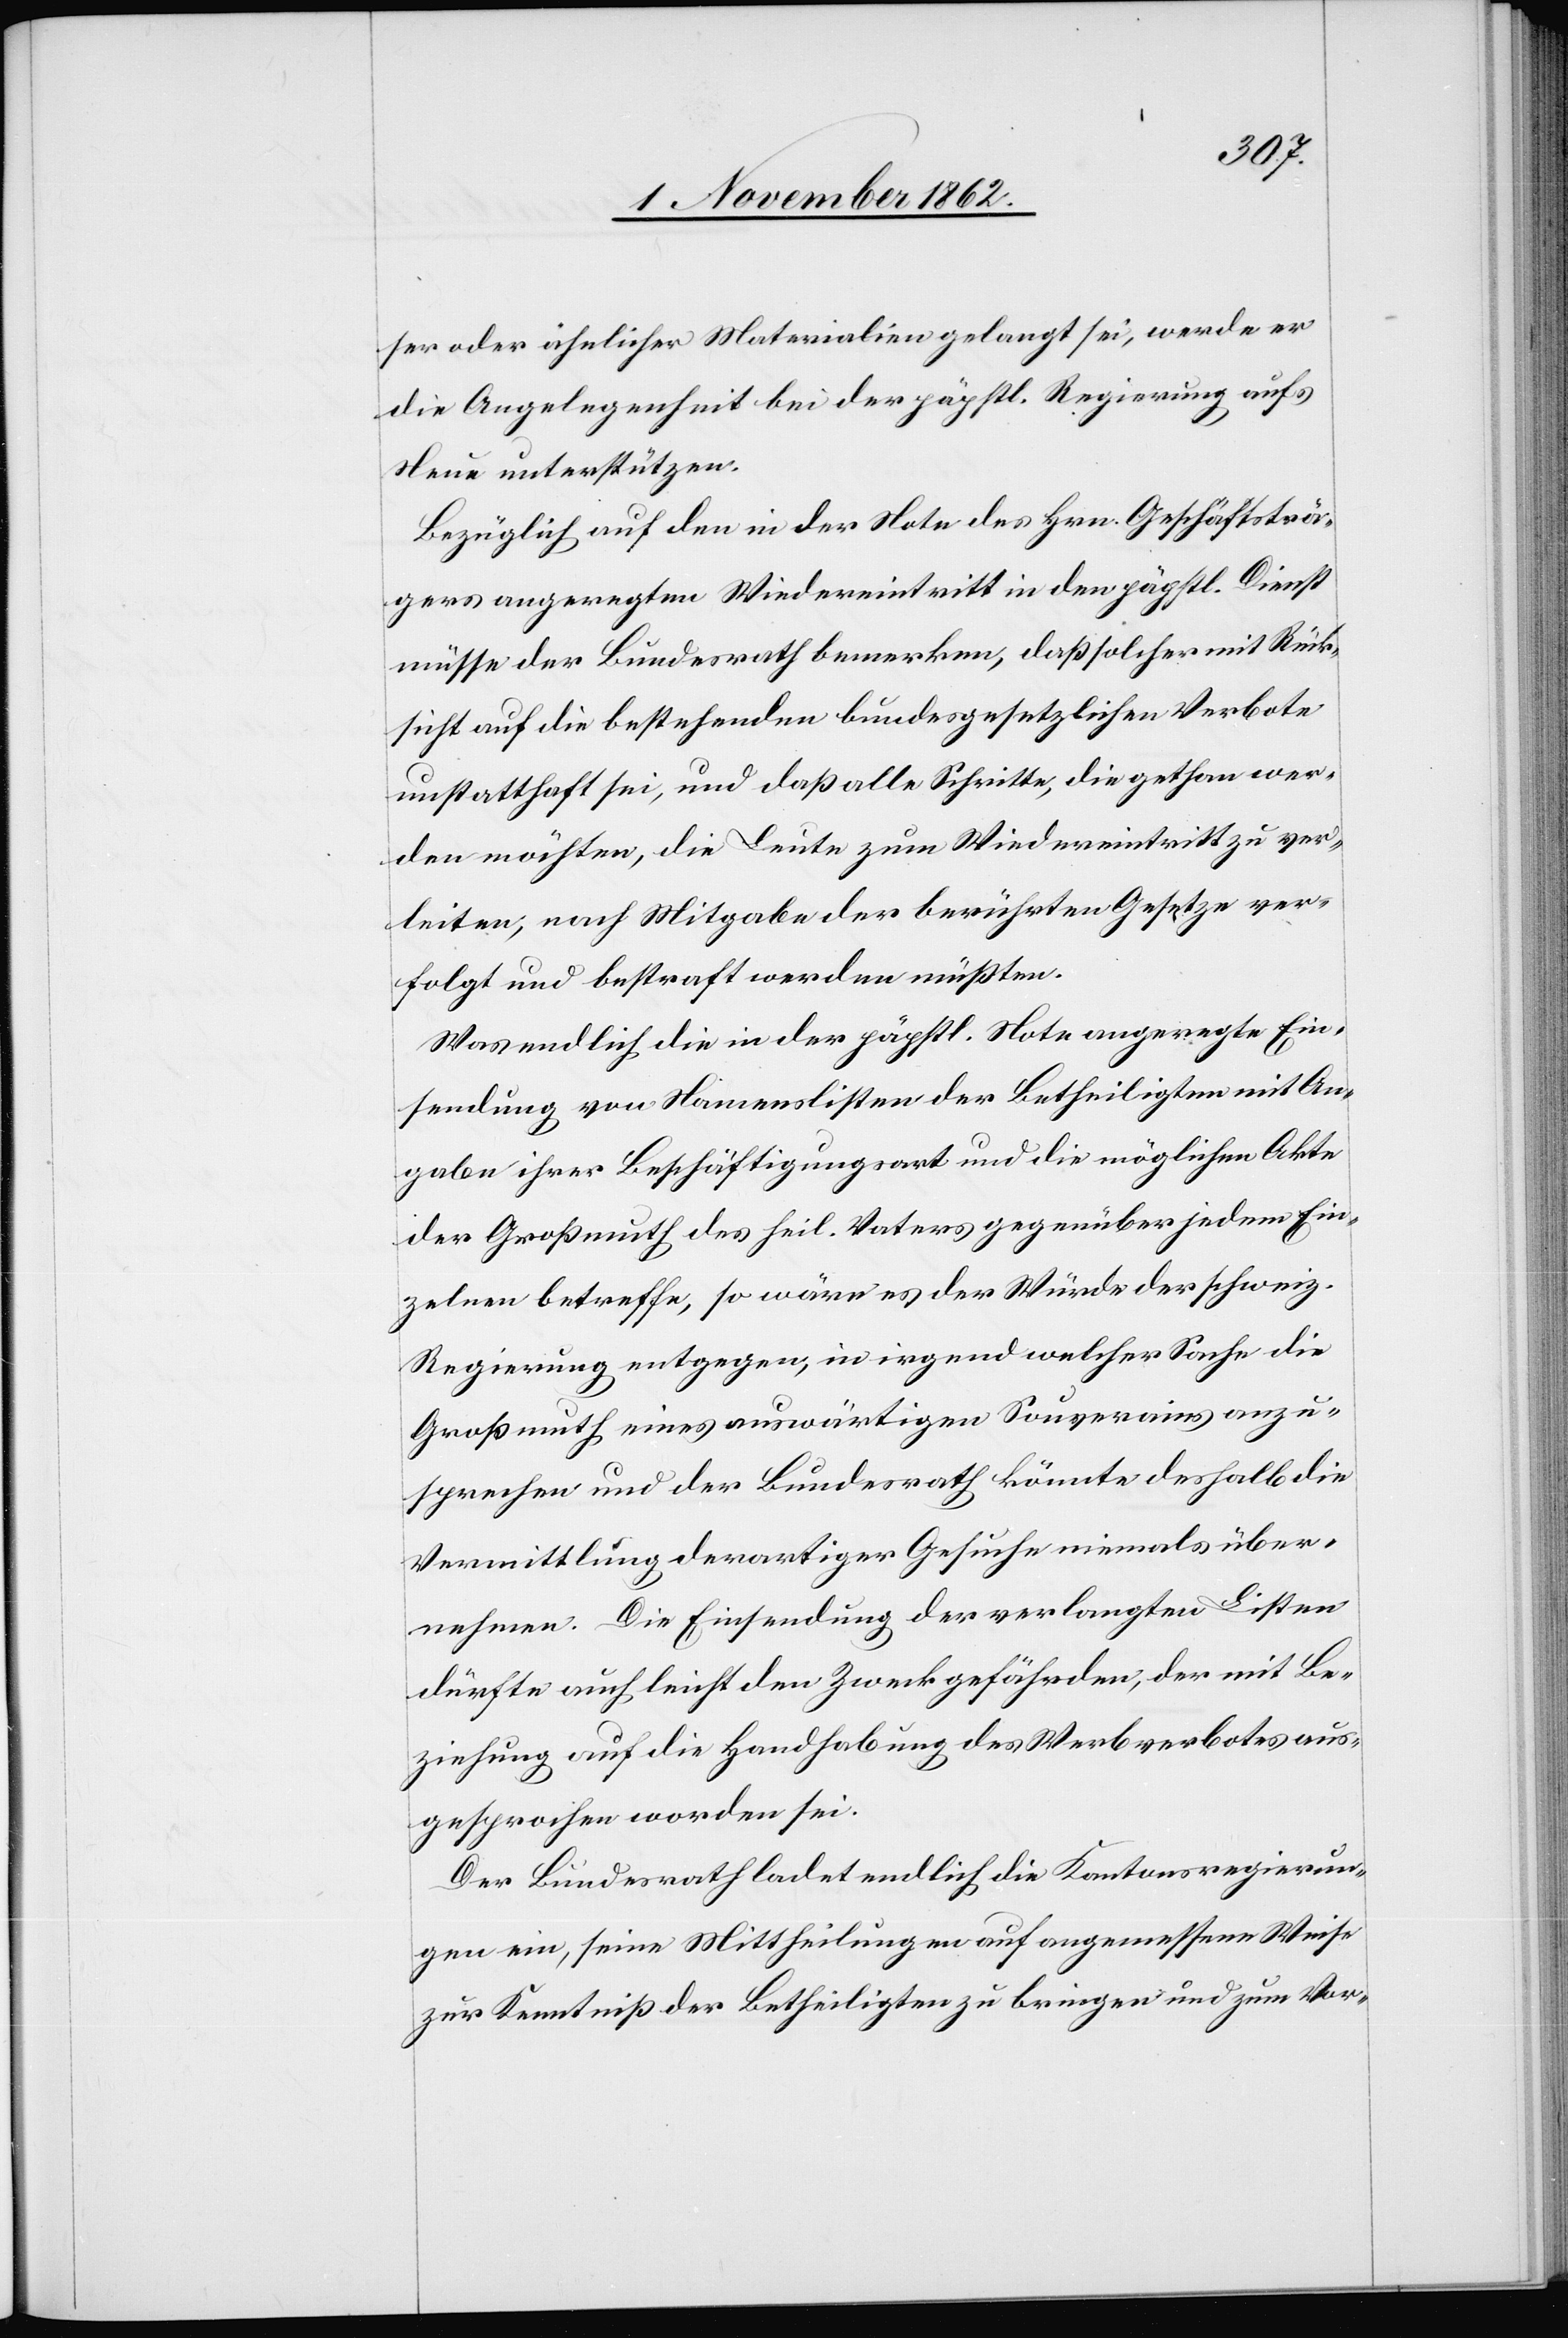
ser oder ähnlicher Materialien gelangt sei, werde er
die Angelegenheit bei der päpstl. Regierung aufs
Neue unterstützen.
Bezüglich auf den in der Note des Hrn. Geschäftsträ¬
ger angeregten Wiedereintritt in den päpstl. Dienst
müsse der Bundesrath bemerken, daß solcher mit Rück¬
sicht auf die bestehenden bundesgesetzlichen Verbote
unstatthaft sei, und daß alle Schritte, die gethan wer¬
den möchten, die Leute zum Wiedereintritt zu ver¬
leiten, nach Mitgabe der berührten Gesetze ver¬
folgt und bestraft werden müßten.
Was endlich die in der päpstl. Note angeregte Ein¬
sendung von Namenslisten der Betheiligten mit An¬
gabe ihrer Beschäftigungsart und die möglichen Akten
der Großmuth des heil. Vaters gegenüber jedem Ein¬
zelnen betreffe, so wäre es der Würde der schweiz.
Regierung entgegen, in irgend welcher Sache die
Großmuth eines auswärtigen Souverains anzu¬
sprechen und der Bundesrath könnte deshalb die
Vermittlung derartiger Gesuche niemals über¬
nehmen. Die Einsendung der verlangten Listen
dürfte auch leicht den Zweck gefährden, der mit Be¬
ziehung auf die Handhabung des Werbeverbotes aus¬
gesprochen worden sei.
Der Bundesrath ladet endlich die Kantonsregierun¬
gen ein, seine Mittheilungen auf angemessene Weise
zur Kenntniß der Betheligten zu bringen und zum Vor-